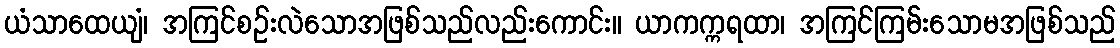
ယံသာထေယျံ၊ အကြင်စဉ်းလဲသောအဖြစ်သည်လည်းကောင်း။ ယာကက္ကရထာ၊ အကြင်ကြမ်းသောမအဖြစ်သည်